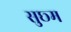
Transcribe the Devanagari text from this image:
सुछ्म